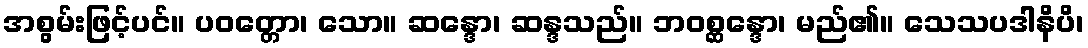
အစွမ်းဖြင့်ပင်။ ပဝတ္တော၊ သော။ ဆန္ဒော၊ ဆန္ဒသည်။ ဘဝစ္ဆန္ဒော၊ မည်၏။ သေသပဒါနိပိ၊